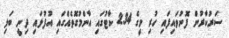
ސަރުކާރުން ފޮނުވައިފައި ހުރި މީގެ 234 ކާޓުގައި އާންމުގޮތެއްގައި އުފުލައި ދިނީ ބަލި